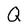
Character: Q